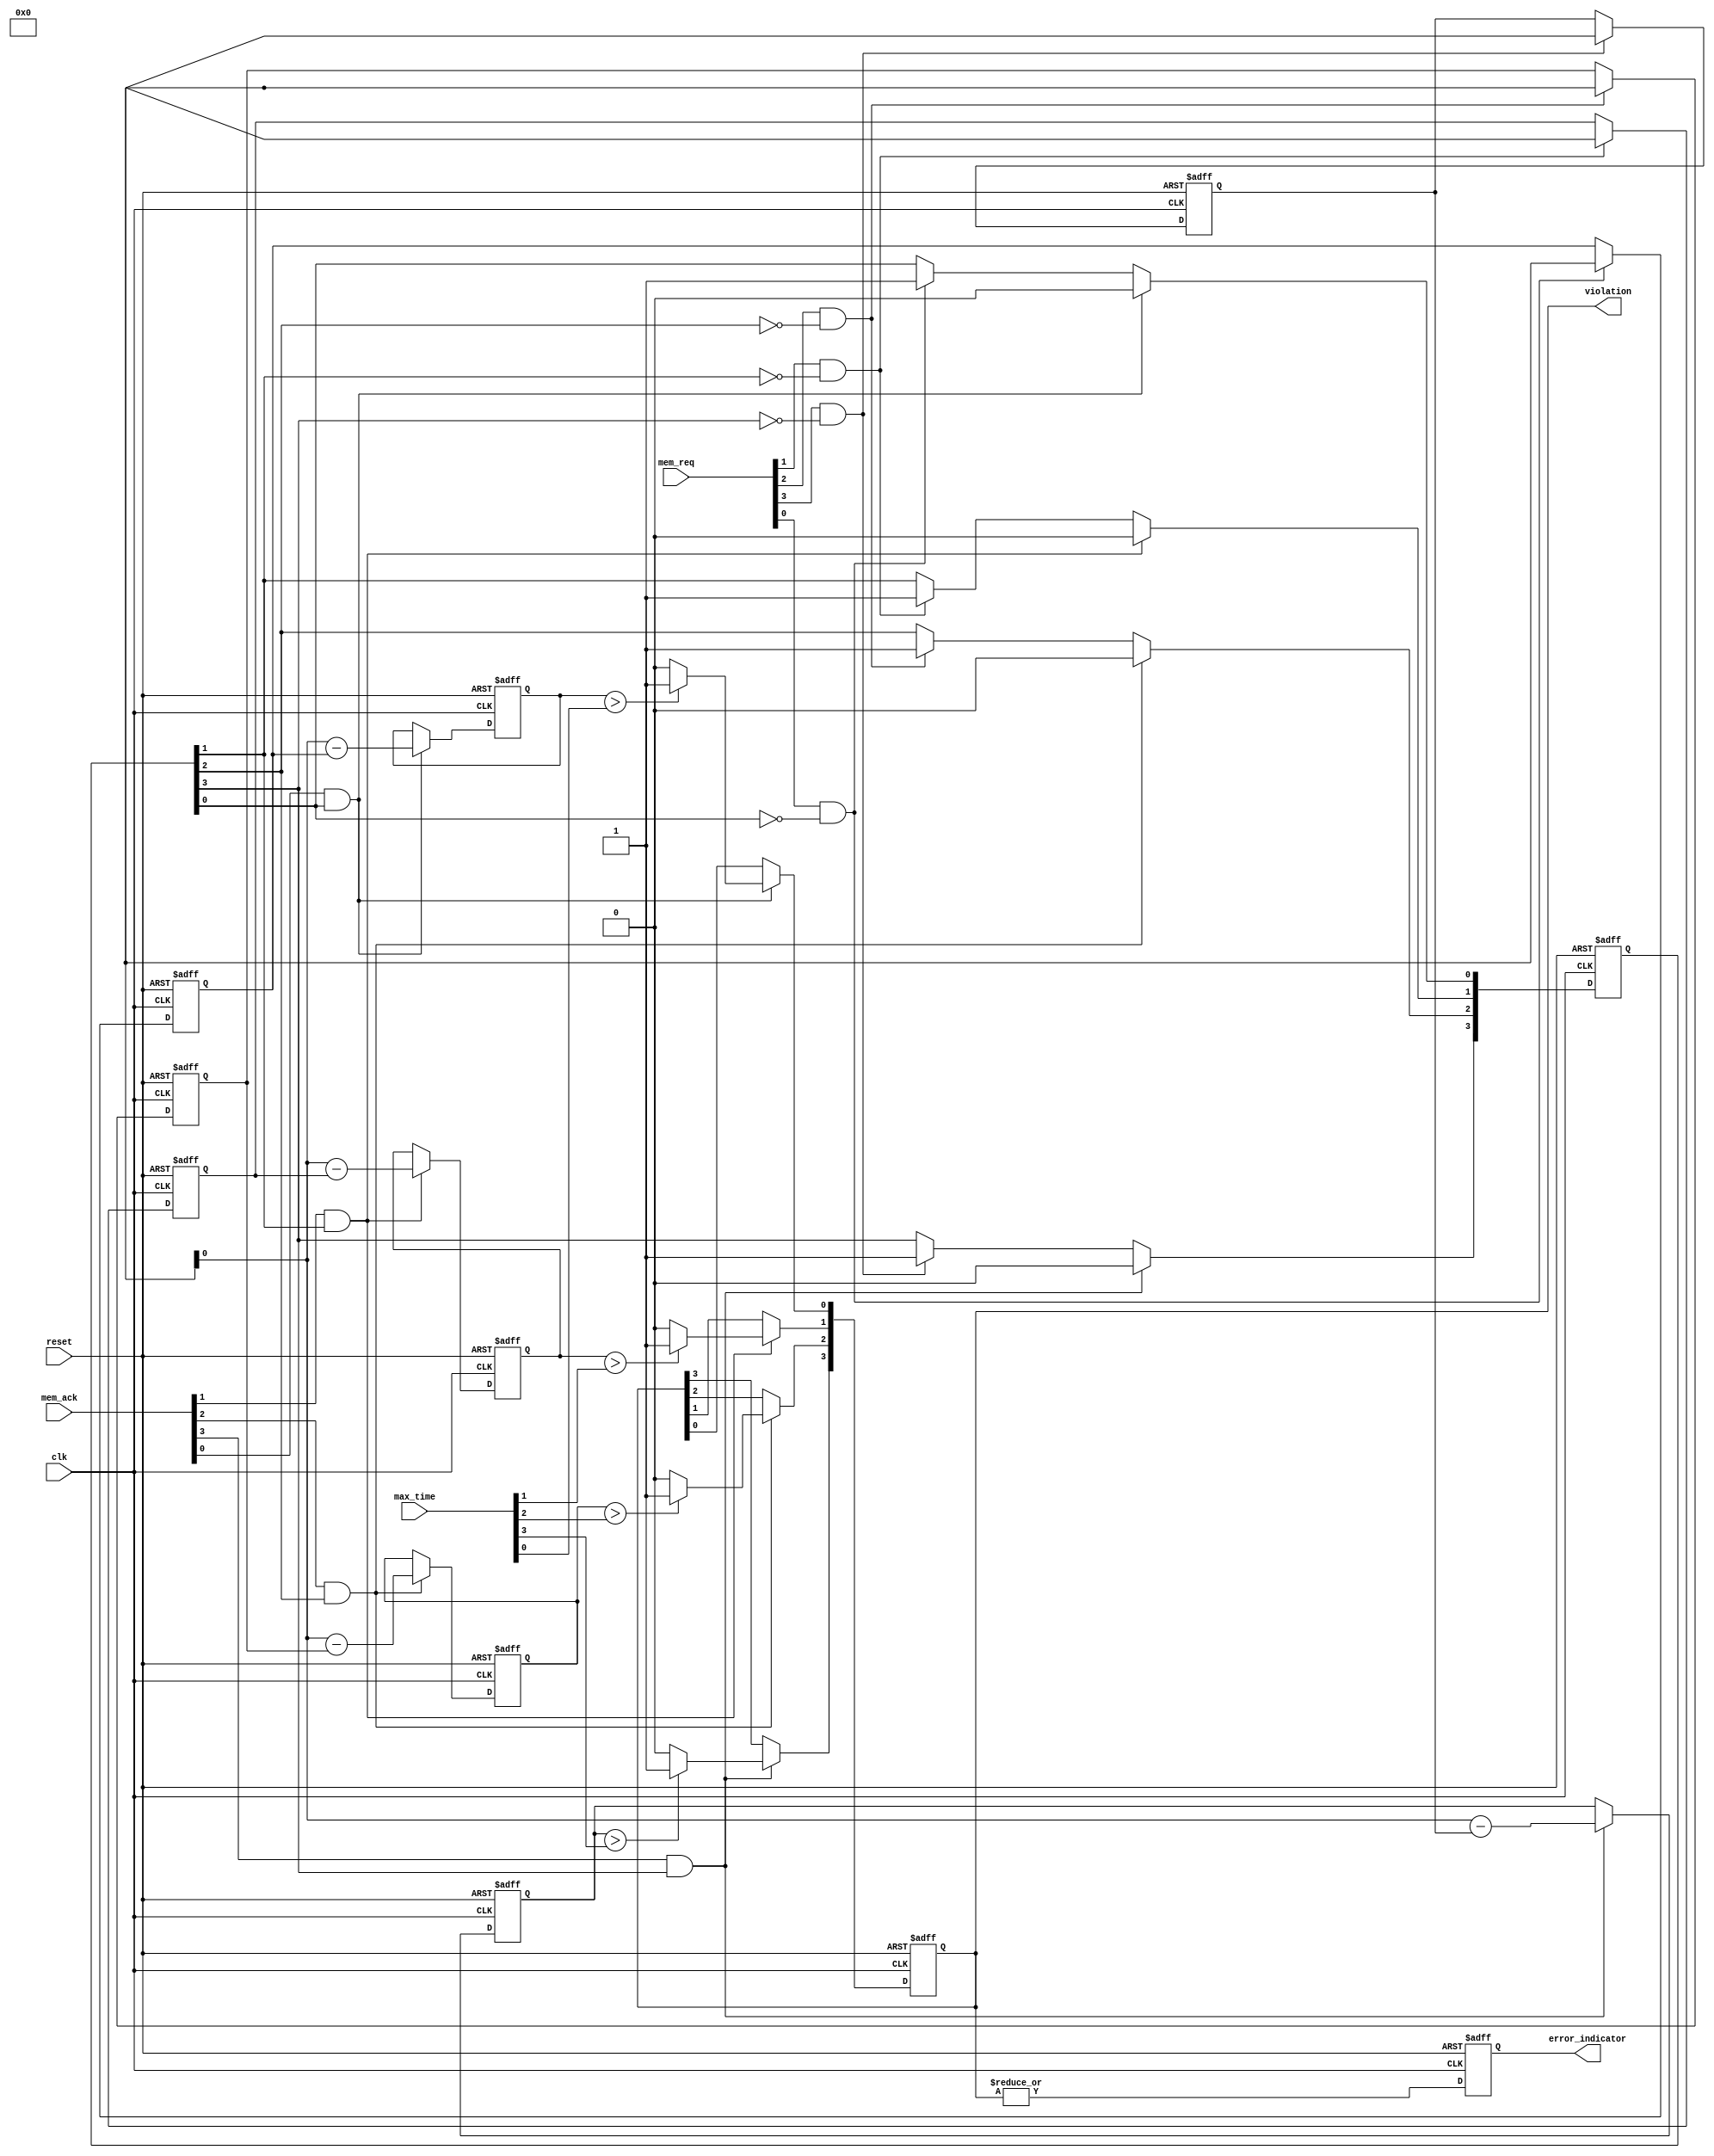
module MemoryBlocksTimeBorrowingDetector #(
    parameter NUM_BLOCKS = 4 // Number of memory blocks
)(
    input wire clk, // Clock signal
    input wire reset, // Asynchronous reset signal
    input wire [NUM_BLOCKS-1:0] mem_req, // Memory request signals
    input wire [NUM_BLOCKS-1:0] mem_ack, // Memory acknowledge signals
    input wire [NUM_BLOCKS-1:0] max_time, // Maximum allowable access time
    output reg [NUM_BLOCKS-1:0] violation, // Violation signals
    output reg error_indicator // Combined error indicator
);

    reg [31:0] access_start_time [0:NUM_BLOCKS-1]; // Start time for each memory block
    reg [31:0] access_duration [0:NUM_BLOCKS-1]; // Duration for each memory block
    reg [NUM_BLOCKS-1:0] in_access; // Tracks if a block is currently being accessed

    integer i;

    // Asynchronous reset
    always @(posedge clk or posedge reset) begin
        if (reset) begin
            // Initialize all registers and flags
            for (i = 0; i < NUM_BLOCKS; i = i + 1) begin
                access_start_time[i] <= 0;
                access_duration[i] <= 0;
                violation[i] <= 0;
                in_access[i] <= 0;
            end
            error_indicator <= 0;
        end else begin
            // Check for memory requests and acknowledgments
            for (i = 0; i < NUM_BLOCKS; i = i + 1) begin
                if (mem_req[i] && !in_access[i]) begin
                    // Record the start time of access
                    access_start_time[i] <= $time; // Use $time for simulation purposes
                    in_access[i] <= 1; // Mark as in access
                end

                if (mem_ack[i] && in_access[i]) begin
                    // Calculate access duration
                    access_duration[i] <= $time - access_start_time[i];
                    in_access[i] <= 0; // Mark as not in access

                    // Check for violation
                    if (access_duration[i] > max_time[i]) begin
                        violation[i] <= 1; // Set violation flag
                    end else begin
                        violation[i] <= 0; // Clear violation flag
                    end
                end
            end

            // Update error indicator
            error_indicator <= |violation; // Set if any violation is detected
        end
    end

endmodule